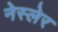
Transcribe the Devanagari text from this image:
नेस्लेर